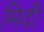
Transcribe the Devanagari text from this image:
मिदी